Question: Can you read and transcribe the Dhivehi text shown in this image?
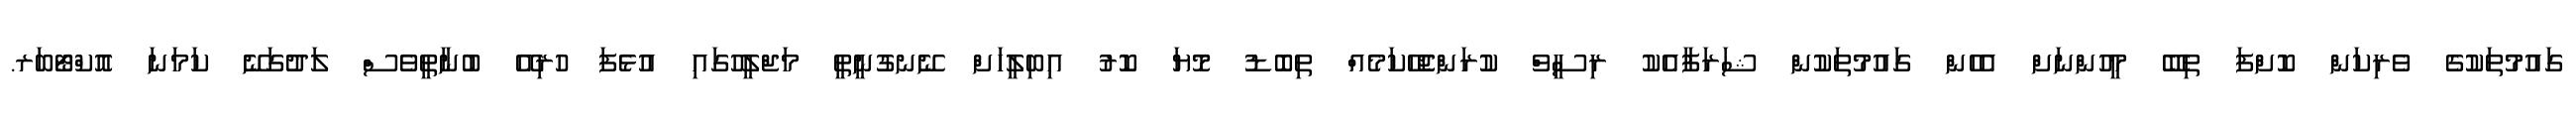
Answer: ގައުމުތަކުގެ ވެރިކަން ކޮށްފަ ތިބޭ މީހުންނަށް އެހެން ގައުމުތަކުން ޝަރަފާއެކު ރިސީވް ކުރަންޖެހޭކަމެއް ތިބޮޑު މޮޔަ ކޮރު އިބިލީހަށް ނޭނގުނީތީ މަޖްލީހުގައި އުޅެފަ ހުރިއޭ ބުނާތީވެސް ލަދުގަނޭ ކަމަނަ އޮކްޓޯބަރ.